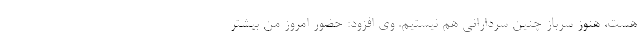
هست، هنوز سرباز چنین سردارانی هم نیستیم. وی افزود: حضور امروز من بیشتر